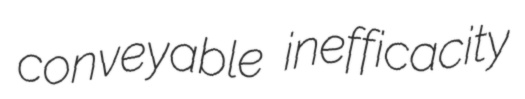
conveyable inefficacity